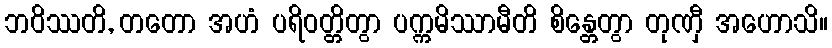
ဘဝိဿတိ, တတော အဟံ ပရိဝတ္တိတွာ ပက္ကမိဿာမီတိ စိန္တေတွာ တုဏှီ အဟောသိ။